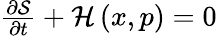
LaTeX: \begin{array}{r}{\frac{{\partial\mathcal{S}}}{{\partial t}}+\mathcal{H}\left({x,p}\right)=0}\end{array}